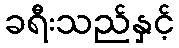
ခရီးသည်နှင့်